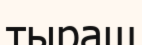
тыраш